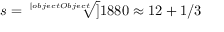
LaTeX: s = { \sqrt [ [object Object] ] { 1 8 8 0 } } \approx 1 2 + 1 / 3